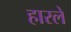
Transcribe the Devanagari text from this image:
हारले